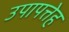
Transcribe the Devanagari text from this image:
उपापत्तेह